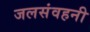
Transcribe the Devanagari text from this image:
जलसंवहनी